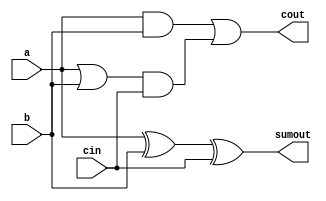
//---------------------------------------
// 1-bit adder 
//---------------------------------------
module adder(
	input cin,
	input a,
	input b,
	output cout,
	output sumout );


	assign sumout = a ^ b ^ cin;
	assign cout = (a & b) | ((a | b) & cin);

endmodule